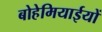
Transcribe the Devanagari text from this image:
बोहेमियाईयों